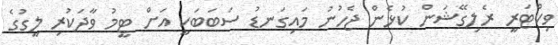
ވިކްޓަރީ ރެލިގޭޝަން ކުޅެން ޖެހުނު މައިގަނޑު ސަބަބަކީ އަށް ޓީމު ވާދަކުރި ލީގުގެ